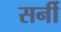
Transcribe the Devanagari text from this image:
सर्नी